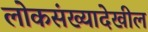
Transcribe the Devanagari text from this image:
लोकसंख्यादेखील